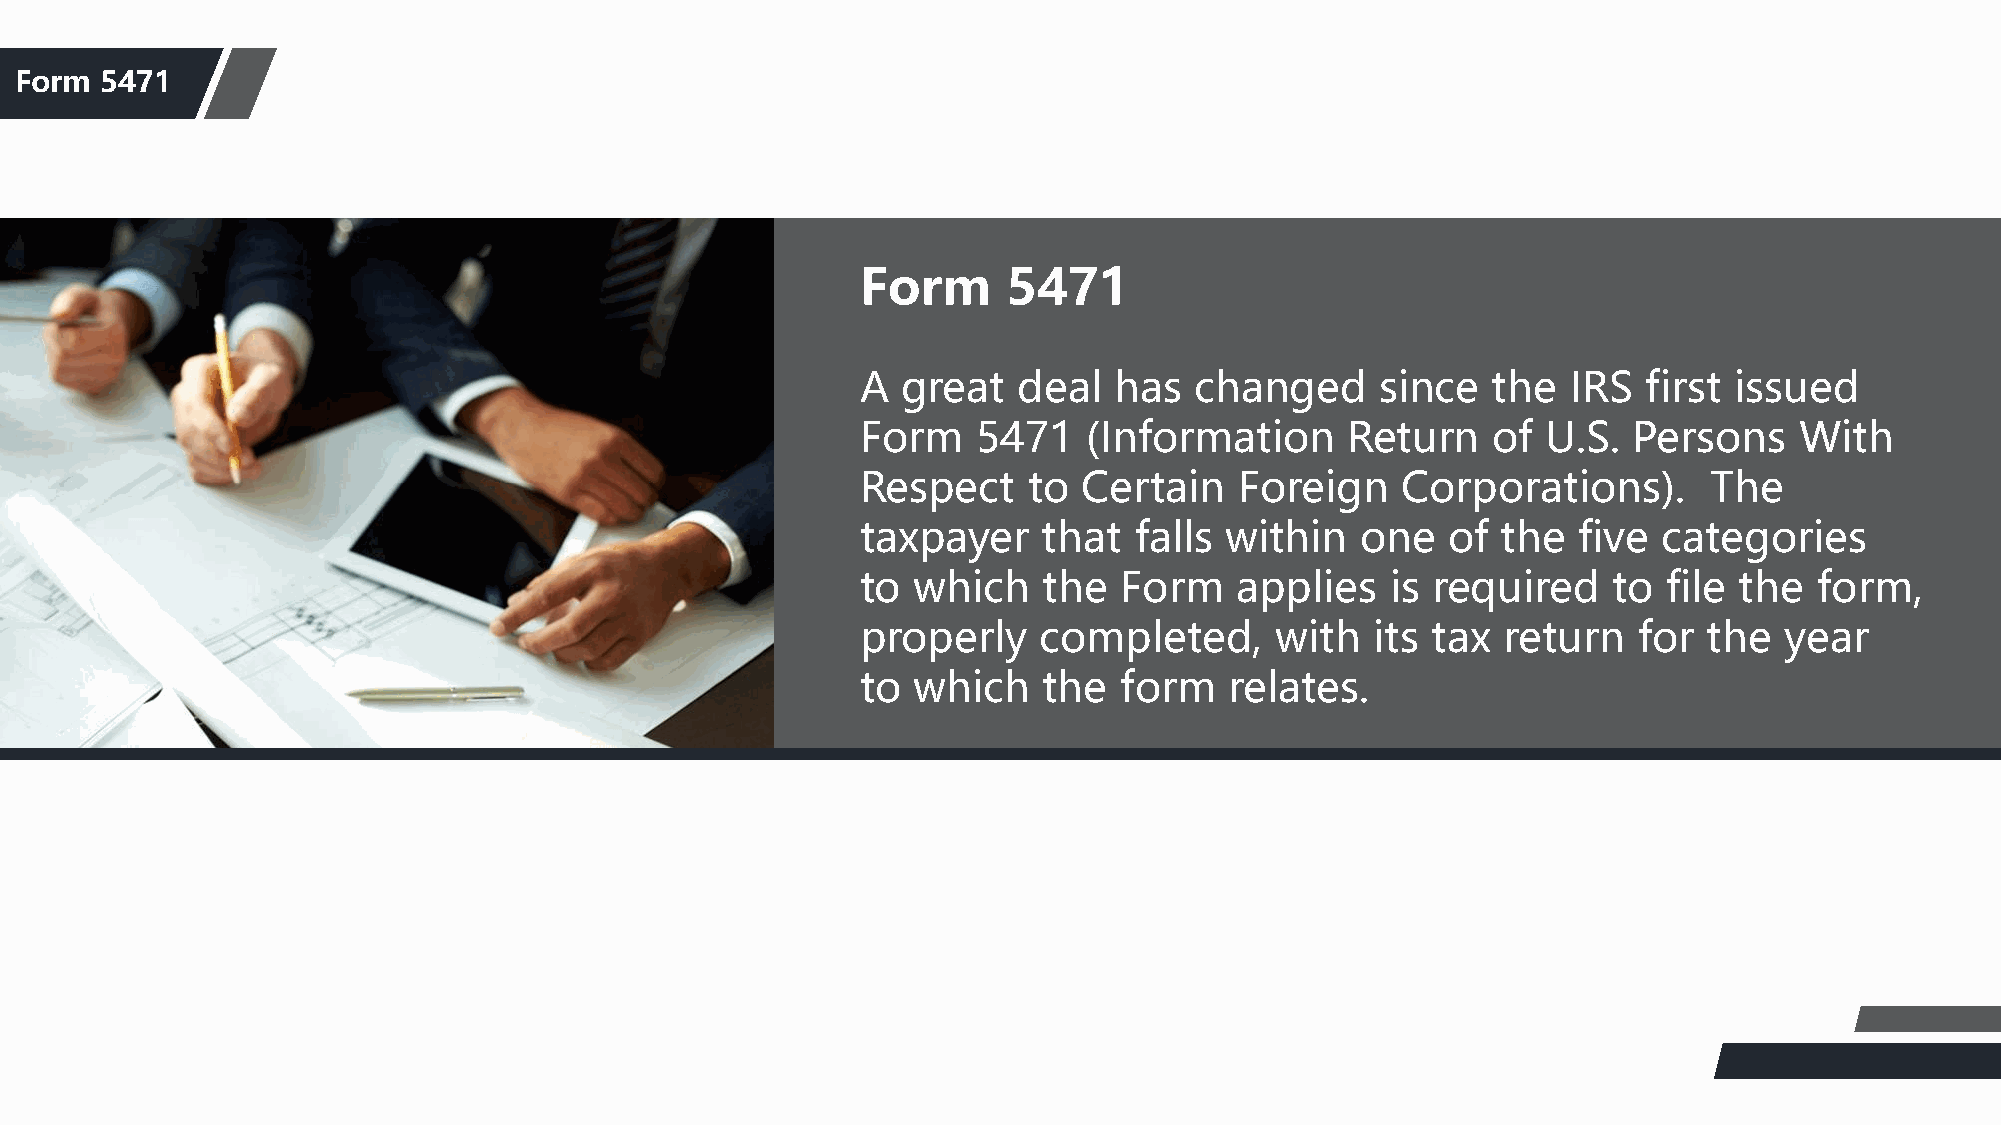
F团orm队 5介47绍1
 Form      5471
 A  great  deal   has  changed     since   the  IRS  first issued
 Form    5471   (Information     Return    of U.S.  Persons    With
 Respect    to  Certain   Foreign    Corporations).      The
 taxpayer    that  falls within   one   of the  five  categories
 to which    the  Form    applies   is required    to file the  form,
 properly    completed,     with   its tax  return  for  the  year
 to which    the  form   relates.